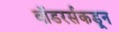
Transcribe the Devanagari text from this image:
वॉडरर्सकडून